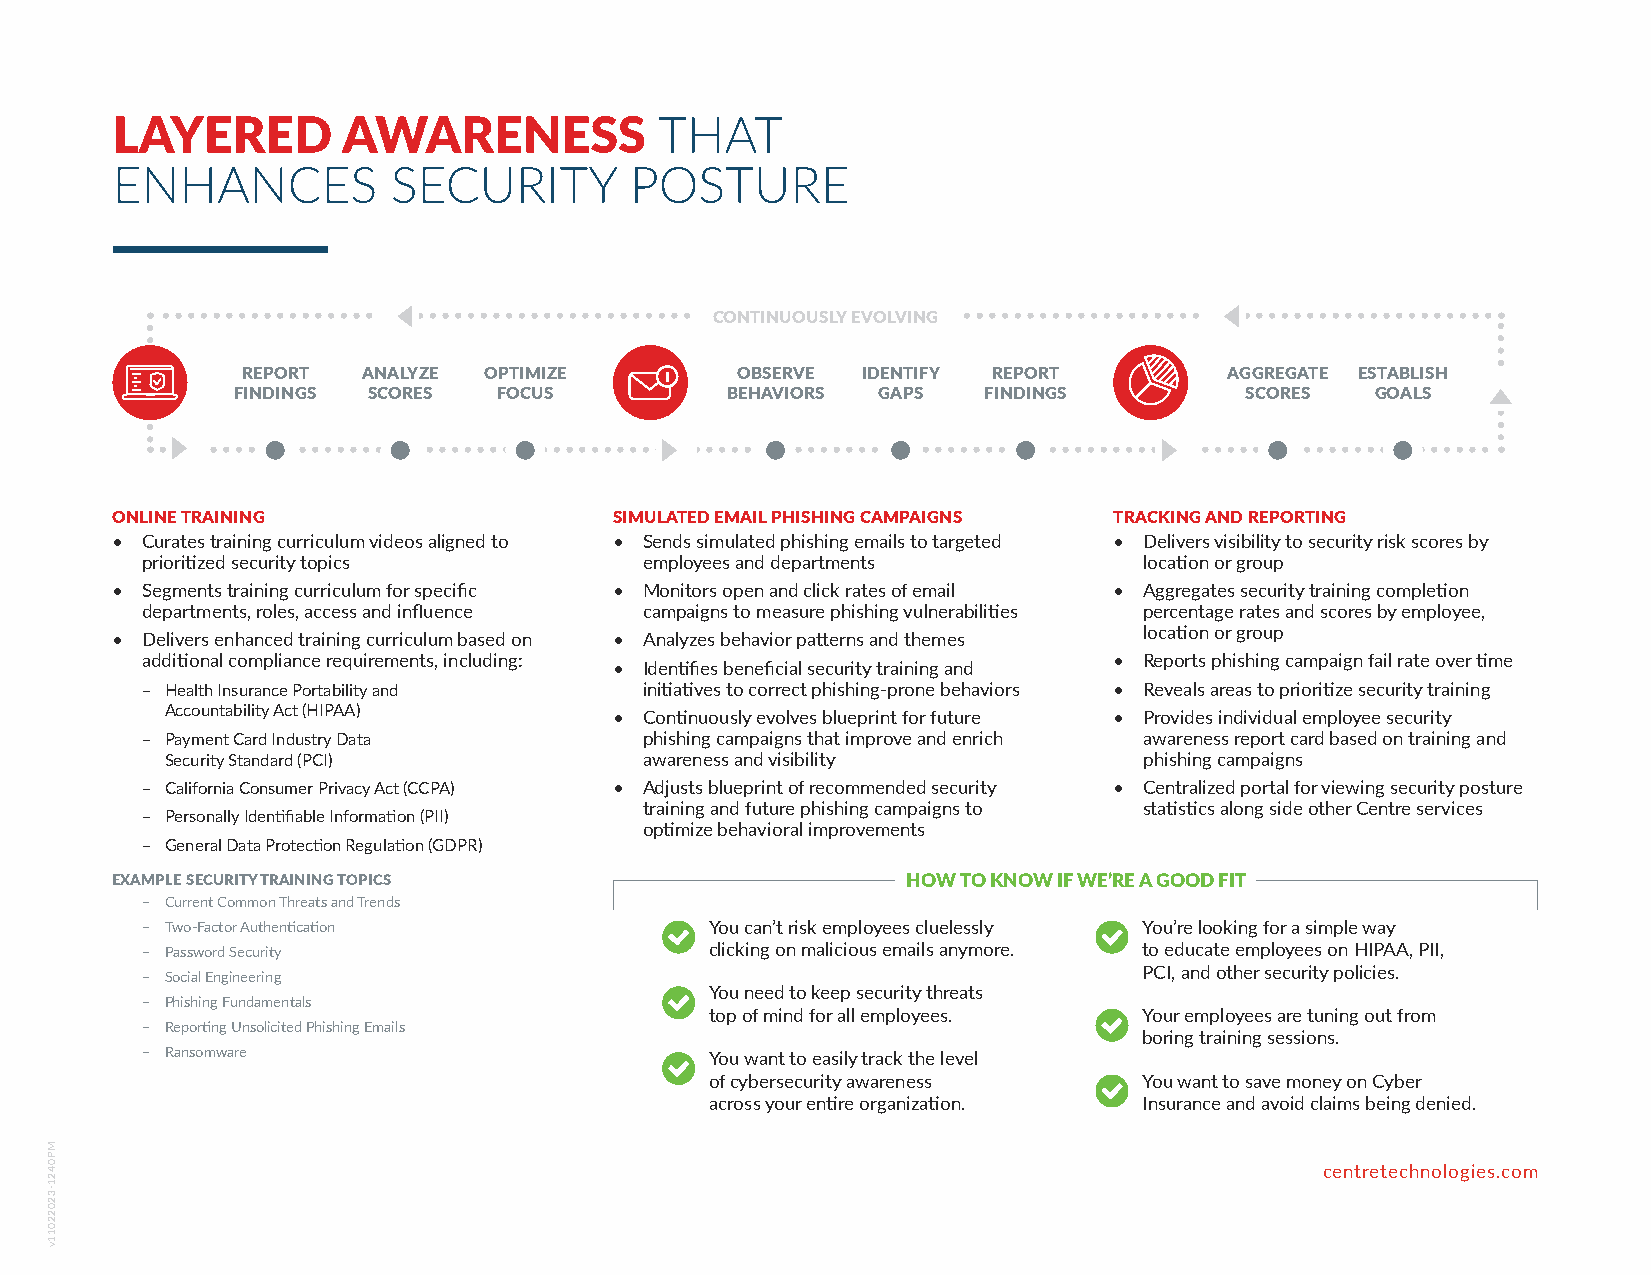
LAYERED         AWARENESS            THAT
 ENHANCES           SECURITY        POSTURE
 CONTINUOUSLY EVOLVING
 REPORT  ANALYZE OPTIMIZE         OBSERVE IDENTIFY REPORT         AGGREGATE ESTABLISH
 FINDINGS SCORES   FOCUS          BEHAVIORS GAPS   FINDINGS         SCORES   GOALS
 ONLINE TRAINING                   SIMULATED EMAIL PHISHING CAMPAIGNS TRACKING AND REPORTING
 • Curates training curriculum videos aligned to • Sends simulated phishing emails to targeted • Delivers visibility to security risk scores by
 prioritized security topics       employees and departments        location or group
 • Segments training curriculum for specific • Monitors open and click rates of email • Aggregates security training completion
 departments, roles, access and influence campaigns to measure phishing vulnerabilities percentage rates and scores by employee,
 location or group
 • Delivers enhanced training curriculum based on • Analyzes behavior patterns and themes
 additional compliance requirements, including:                   • Reports phishing campaign fail rate over time
 • Identifies beneficial security training and
 – Health Insurance Portability and initiatives to correct phishing-prone behaviors • Reveals areas to prioritize security training
 Accountability Act (HIPAA)    • Continuously evolves blueprint for future • Provides individual employee security
 – Payment Card Industry Data      phishing campaigns that improve and enrich awareness report card based on training and
 Security Standard (PCI)         awareness and visibility         phishing campaigns
 – California Consumer Privacy Act (CCPA) • Adjusts blueprint of recommended security • Centralized portal for viewing security posture
 training and future phishing campaigns to statistics along side other Centre services
 – Personally Identifiable Information (PII)
 optimize behavioral improvements
 – General Data Protection Regulation (GDPR)
 EXAMPLE SECURITY TRAINING TOPICS                     HOW TO KNOW IF WE’RE A GOOD FIT
 – Current Common Threats and Trends
 – Two-Factor Authentication           You can’t risk employees cluelessly You’re looking for a simple way
 – Password Security                   clicking on malicious emails anymore. to educate employees on HIPAA, PII,
 PCI, and other security policies.
 – Social Engineering
 You need to keep security threats
 – Phishing Fundamentals
 top of mind for all employees. Your employees are tuning out from
 – Reporting Unsolicited Phishing Emails
 boring training sessions.
 – Ransomware                          You want to easily track the level
 of cybersecurity awareness   You want to save money on Cyber
 across your entire organization. Insurance and avoid claims being denied.
 centretechnologies.com
 MP0421-32022011v